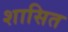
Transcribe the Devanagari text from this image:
शासित